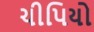
ચીપિયો